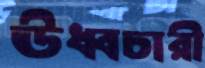
ঊধ্বচারী